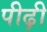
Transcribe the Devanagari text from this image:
पीढ़़ी